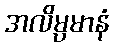
အလိမ္ပမာနံ